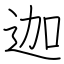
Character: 迦